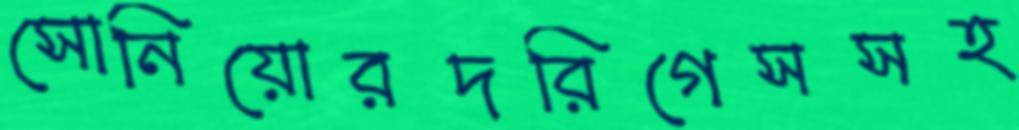
সোনিয়োরদরিগেসসহ